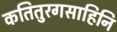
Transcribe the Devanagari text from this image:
कतितुरगसाहिनि